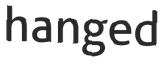
hanged